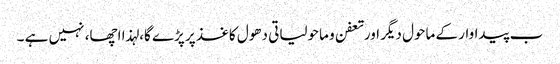
ب پیداوار کے ماحول دیگر اورتعفن و ماحولیاتی دھول کاغذ پر پڑے گا، لہذا اچھا، نہیں ہے ۔